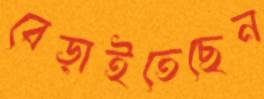
বেড়াইতেছেন